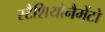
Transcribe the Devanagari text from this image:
स्टैशियोनैमेंटो